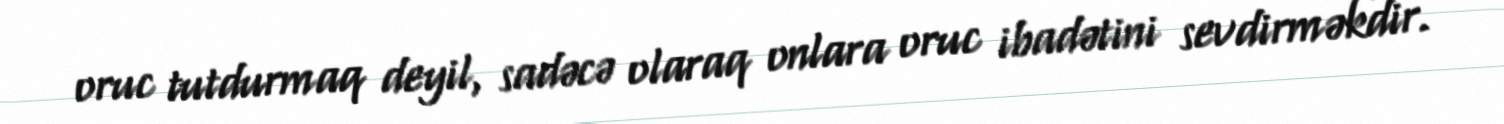
oruc tutdurmaq deyil, sadəcə olaraq onlara oruc ibadətini sevdirməkdir.